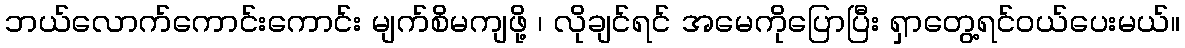
ဘယ်လောက်ကောင်းကောင်း မျက်စိမကျဖို့ ၊ လိုချင်ရင် အမေကိုပြောပြီး ရှာတွေ့ရင်ဝယ်ပေးမယ်။